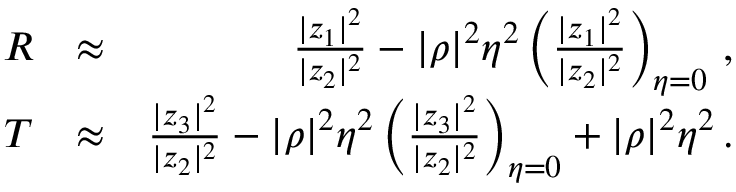
\begin{array} { r l r } { R } & { \approx } & { \frac { | z _ { 1 } | ^ { 2 } } { | z _ { 2 } | ^ { 2 } } - | \rho | ^ { 2 } \eta ^ { 2 } \left( \frac { | z _ { 1 } | ^ { 2 } } { | z _ { 2 } | ^ { 2 } } \right) _ { \eta = 0 } \, , } \\ { T } & { \approx } & { \frac { | z _ { 3 } | ^ { 2 } } { | z _ { 2 } | ^ { 2 } } - | \rho | ^ { 2 } \eta ^ { 2 } \left( \frac { | z _ { 3 } | ^ { 2 } } { | z _ { 2 } | ^ { 2 } } \right) _ { \eta = 0 } + | \rho | ^ { 2 } \eta ^ { 2 } \, . } \end{array}